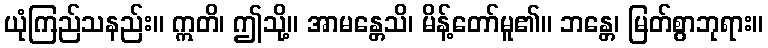
ယုံကြည်သနည်း။ ဣတိ၊ ဤသို့။ အာမန္တေသိ၊ မိန့်တော်မူ၏။ ဘန္တေ၊ မြတ်စွာဘုရား။